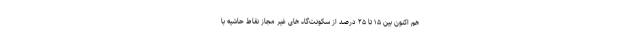
هم اکنون بین ۱۵ تا ۲۵ درصد از سکونت‌گاه های غیر مجاز نقاط حاشیه با